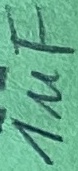
Text: 1uF